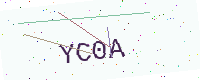
Text: YC0A